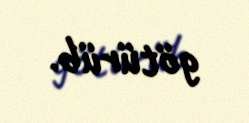
götürüb.